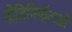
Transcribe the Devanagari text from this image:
नीतिनिर्माताओं